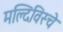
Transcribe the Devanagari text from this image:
मल्दिविस्चे